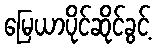
မြေယာပိုင်ဆိုင်ခွင့်